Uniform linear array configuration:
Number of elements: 8
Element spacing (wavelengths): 1
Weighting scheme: binomial
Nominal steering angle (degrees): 60
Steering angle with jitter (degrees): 59.981
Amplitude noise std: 0.05
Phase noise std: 0.05

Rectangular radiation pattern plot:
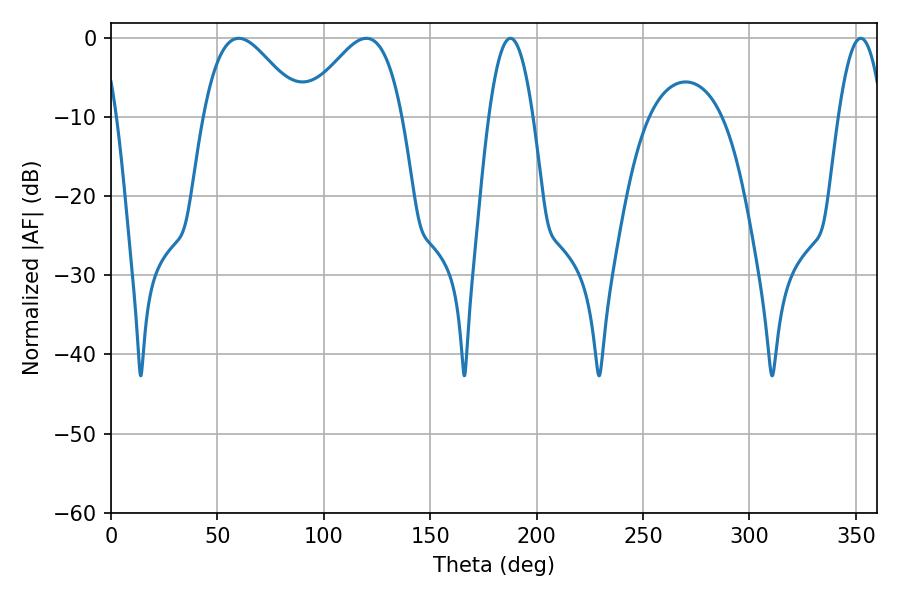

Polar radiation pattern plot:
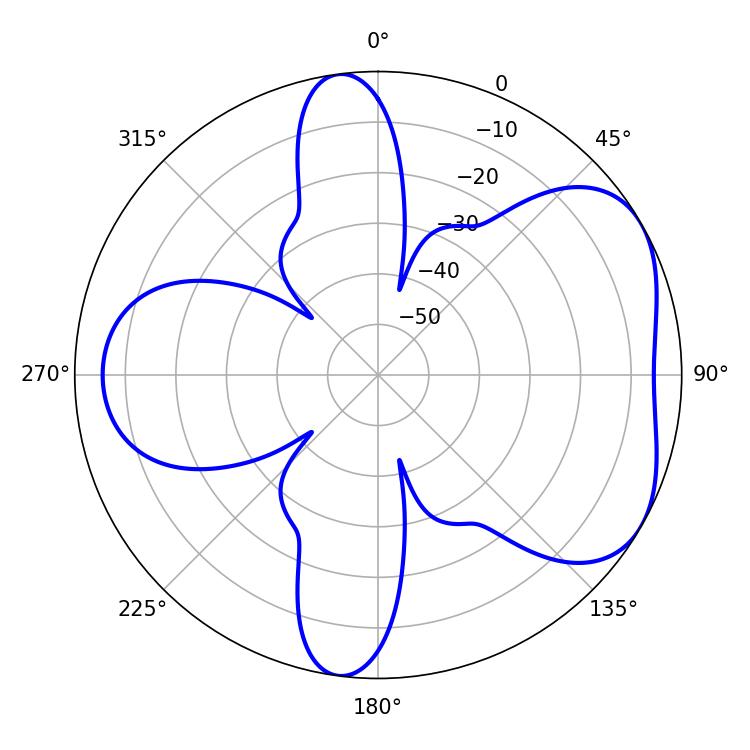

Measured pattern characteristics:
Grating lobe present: TRUE
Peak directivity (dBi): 4.922
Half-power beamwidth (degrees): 24.84
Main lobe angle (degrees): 59.94